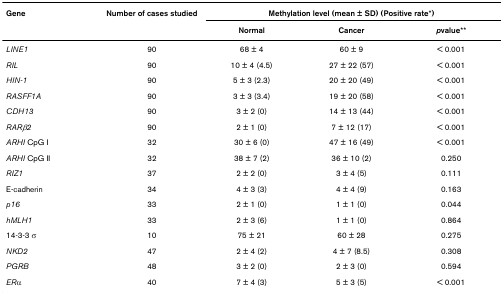
<table><thead><tr><td><b>Gene</b></td><td><b>Number of cases studied</b></td><td colspan="3"><b>Methylation level (mean ± SD) (Positive rate*)</b></td></tr><tr><td></td><td></td><td><b>Normal</b></td><td><b>Cancer</b></td><td><b><i>p</i>value**</b></td></tr></thead><tbody><tr><td><i>LINE1</i></td><td>90</td><td>68 ± 4</td><td>60 ± 9</td><td>&lt; 0.001</td></tr><tr><td><i>RIL</i></td><td>90</td><td>10 ± 4 (4.5)</td><td>27 ± 22 (57)</td><td>&lt; 0.001</td></tr><tr><td><i>HIN-1</i></td><td>90</td><td>5 ± 3 (2.3)</td><td>20 ± 20 (49)</td><td>&lt; 0.001</td></tr><tr><td><i>RASFF1A</i></td><td>90</td><td>3 ± 3 (3.4)</td><td>19 ± 20 (58)</td><td>&lt; 0.001</td></tr><tr><td><i>CDH13</i></td><td>90</td><td>3 ± 2 (0)</td><td>14 ± 13 (44)</td><td>&lt; 0.001</td></tr><tr><td><i>RARβ2</i></td><td>90</td><td>2 ± 1 (0)</td><td>7 ± 12 (17)</td><td>&lt; 0.001</td></tr><tr><td><i>ARHI </i>CpG I</td><td>32</td><td>30 ± 6 (0)</td><td>47 ± 16 (49)</td><td>&lt; 0.001</td></tr><tr><td><i>ARHI </i>CpG II</td><td>32</td><td>38 ± 7 (2)</td><td>36 ± 10 (2)</td><td>0.250</td></tr><tr><td><i>RIZ1</i></td><td>37</td><td>2 ± 2 (0)</td><td>3 ± 4 (5)</td><td>0.111</td></tr><tr><td>E-cadherin</td><td>34</td><td>4 ± 3 (3)</td><td>4 ± 4 (9)</td><td>0.163</td></tr><tr><td><i>p16</i></td><td>33</td><td>2 ± 1 (0)</td><td>1 ± 1 (0)</td><td>0.044</td></tr><tr><td><i>hMLH1</i></td><td>33</td><td>2 ± 3 (6)</td><td>1 ± 1 (0)</td><td>0.864</td></tr><tr><td>14-3-3 σ</td><td>10</td><td>75 ± 21</td><td>60 ± 28</td><td>0.275</td></tr><tr><td><i>NKD2</i></td><td>47</td><td>2 ± 4 (2)</td><td>4 ± 7 (8.5)</td><td>0.308</td></tr><tr><td><i>PGRB</i></td><td>48</td><td>3 ± 2 (0)</td><td>2 ± 3 (0)</td><td>0.594</td></tr><tr><td><i>ER</i>α</td><td>40</td><td>7 ± 4 (3)</td><td>5 ± 3 (5)</td><td>&lt; 0.001</td></tr></tbody></table>